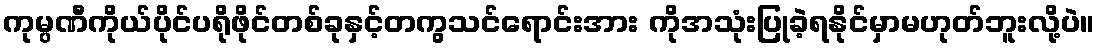
ကုမ္ပဏီကိုယ်ပိုင်ပရိုဖိုင်တစ်ခုနှင့်တကွသင်ရောင်းအား ကိုအသုံးပြုခဲ့ရနိုင်မှာမဟုတ်ဘူးလို့ပဲ။